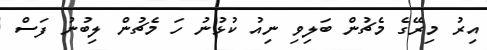
އިރު މިރޭގެ މެޗުން ބަލިވި ނިއު ކުޅުނު ހަ މެޗުން ލިބުނު ފަސް